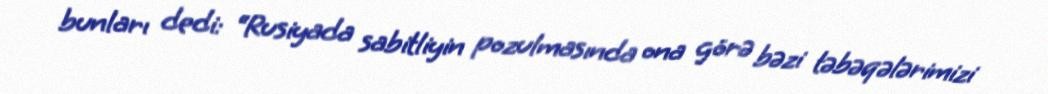
bunları dedi: “Rusiyada sabitliyin pozulmasında ona görə bəzi təbəqələrimizi